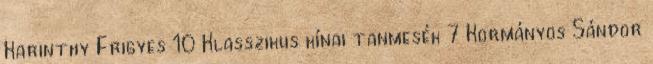
Karinthy Frigyes 10 Klasszikus kínai tanmesék 7 Kormányos Sándor